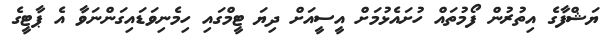
ޔަޝްފާގެ އިތުރުން ފޯމުތައް ހުށައެޅުމަށް އީސީއަށް ދިޔަ ޓީމްގައި ހިމެނިވަޑައިގަންނަވާ އެ ޕާޓީގެ